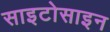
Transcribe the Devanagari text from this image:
साइटोसाइन